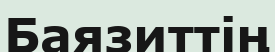
Баязиттің